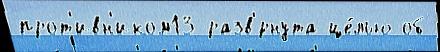
прот'ивн'иком13 разв'́рнута це́лью об